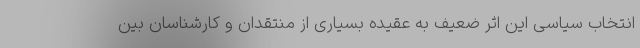
انتخاب سیاسی این اثر ضعیف به عقیده بسیاری از منتقدان و کارشناسان بین